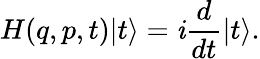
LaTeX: H(q,p,t)|t\rangle=\mathit{i}\frac{{d}}{{dt}}|t\rangle.